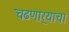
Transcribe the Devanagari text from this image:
चढणार्‍याचा